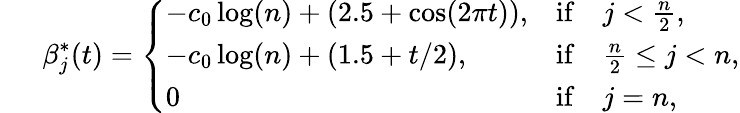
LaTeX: ~~~~~~\beta_{j}^{*}(t)=\left\{ \begin{array}{ll}{-c_{0}\log(n)+(2.5+\cos(2\pi t)),}&{\mathrm{if}\quad j<\frac{n}{2},}\\ {-c_{0}\log(n)+(1.5+t/2),}&{\mathrm{if}\quad\frac{n}{2}\leq j<n,}\\ {0}&{\mathrm{if}\quad j=n,}\end{array}\right.